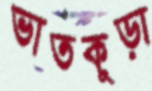
ভাতকুড়া